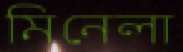
মিনেলা